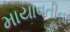
માયાવતીના